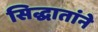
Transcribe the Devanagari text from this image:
सिद्धातांने